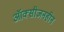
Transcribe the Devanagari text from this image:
ऑक्सीजनहीन